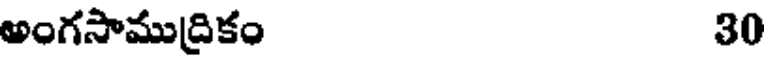
అంగసాముద్రికం 30